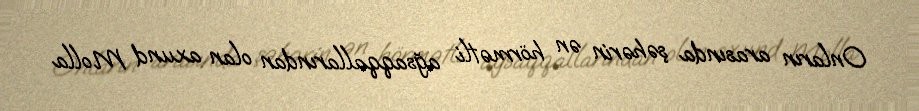
Onların arasında şəhərin ən hörmətli ağsaqqallarından olan axund Molla